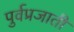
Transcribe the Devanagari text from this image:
पुर्वप्रजाती